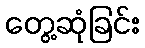
တွေ့ဆုံခြင်း